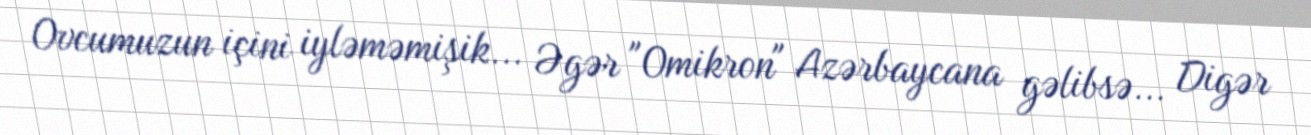
Ovcumuzun içini iyləməmişik... Əgər "Omikron" Azərbaycana gəlibsə... Digər